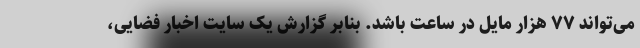
می‌تواند ۷۷ هزار مایل در ساعت باشد. بنابر گزارش یک سایت اخبار فضایی،